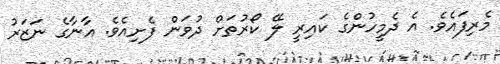
މެރިފައެވެ. އެ ދެމީހުންގެ ކައިރީ ލޭ ކޯރުތަށް ދުވަން ފެށިއެެވެ. އާނާގެ ނަޒަރު